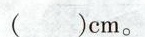
（）cm。